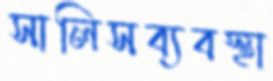
সালিসব্যবস্থা